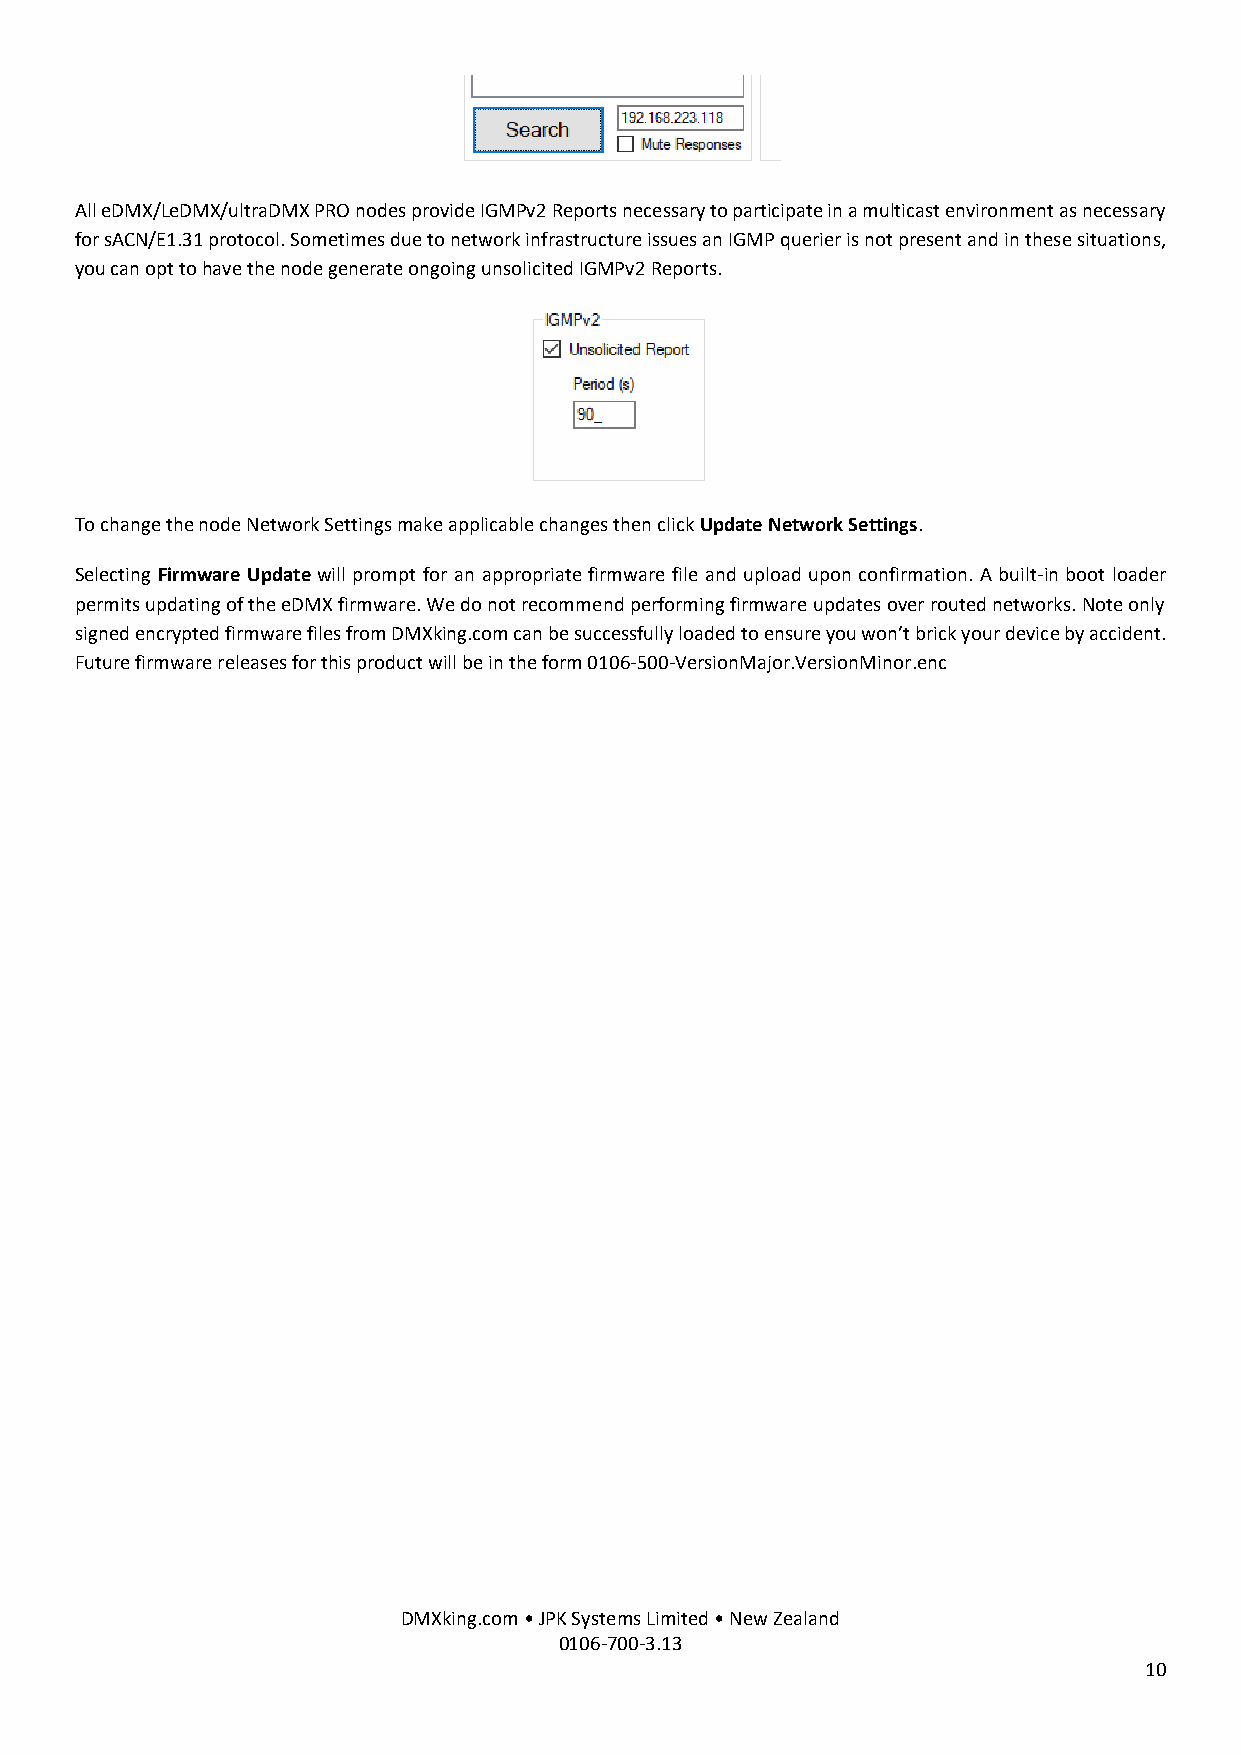
All eDMX/LeDMX/ultraDMX PRO nodes provide IGMPv2 Reports necessary to participate in a multicast environment as necessary
 for sACN/E1.31 protocol. Sometimes due to network infrastructure issues an IGMP querier is not present and in these situations,
 you can opt to have the node generate ongoing unsolicited IGMPv2 Reports.
 To change the node Network Settings make applicable changes then click Update Network Settings.
 Selecting Firmware Update will prompt for an appropriate firmware file and upload upon confirmation. A built-in boot loader
 permits updating of the eDMX firmware. We do not recommend performing firmware updates over routed networks. Note only
 signed encrypted firmware files from DMXking.com can be successfully loaded to ensure you won’t brick your device by accident.
 Future firmware releases for this product will be in the form 0106-500-VersionMajor.VersionMinor.enc
 DMXking.com • JPK Systems Limited • New Zealand
 0106-700-3.13
 10